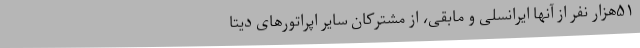
۵۱هزار نفر از آنها ایرانسلی و مابقی، از مشترکان سایر اپراتورهای دیتا